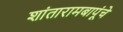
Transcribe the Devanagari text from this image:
शांतारामबापूंचे